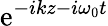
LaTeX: \mathrm{e}^{-ikz-i\omega_{0}t}